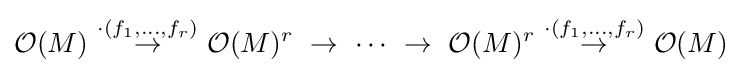
{\mathcal {O}}(M)\ {\stackrel {\cdot (f_{1},...,f_{r})}{\to }}\ {\mathcal {O}}(M)^{r}\ \to \ \cdots \ \to \ {\mathcal {O}}(M)^{r}\ {\stackrel {\cdot (f_{1},\dots ,f_{r})}{\to }}\ {\mathcal {O}}(M)